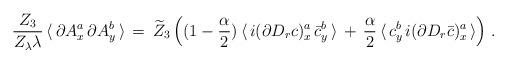
LaTeX: \begin{align*} \frac{Z_3}{Z_\lambda \lambda} \, \langle \, \partial A^a_x \, \partial A^b_y \, \rangle \, = \, \widetilde Z_3 \, \Big( (1-\frac \alpha 2) \, \langle \, i (\partial D_r c)^a_x \, \bar c^b_y\, \rangle \, + \, \frac \alpha 2 \, \langle \, c^b_y\, i(\partial D_r \bar c)^a_x \, \rangle \Big) \;.\end{align*}